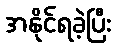
အနိုင်ရခဲ့ပြီး